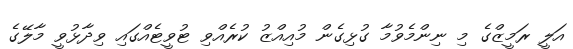
އަލީ ރަމީޒްގެ މި ނިންމެވުމާ ގުޅިގެން މުއިއްޒު ކުރެއްވި ޓުވީޓެއްގައި ވިދާޅުވީ މާލޭގެ